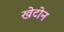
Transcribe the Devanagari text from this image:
खेटोन